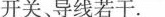
开关、导线若干。